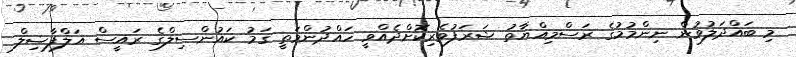
މި ބައްދަލުވުން ނިންމުމުގެ ރަސްމިއްޔާތު ޝަރަފުވެރިކޮށްދެއްވީ ހައްދުންމަތީ ގަމު ކައުންސިލްގެ ރައީސް އަލްފާޟިލް